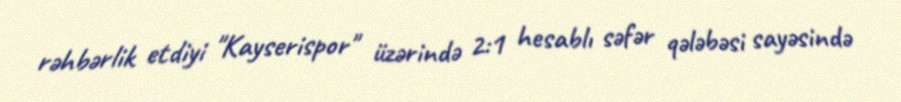
rəhbərlik etdiyi "Kayserispor" üzərində 2:1 hesablı səfər qələbəsi sayəsində